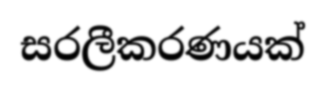
සරලීකරණයක්